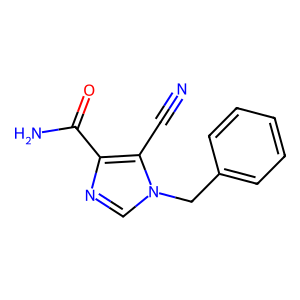
SMILES: N#Cc1c(C(N)=O)ncn1Cc1ccccc1
Inhibits HIV replication: No